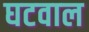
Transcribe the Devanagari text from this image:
घटवाल